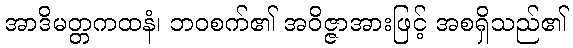
အာဒိမတ္တကထနံ၊ ဘဝစက်၏ အဝိဇ္ဇာအားဖြင့် အစရှိသည်၏